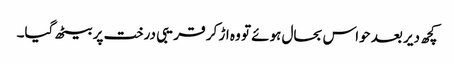
کچھ دیر بعد حواس بحال ہوئے تو وہ اڑ کر قریبی درخت پر بیٹھ گیا۔